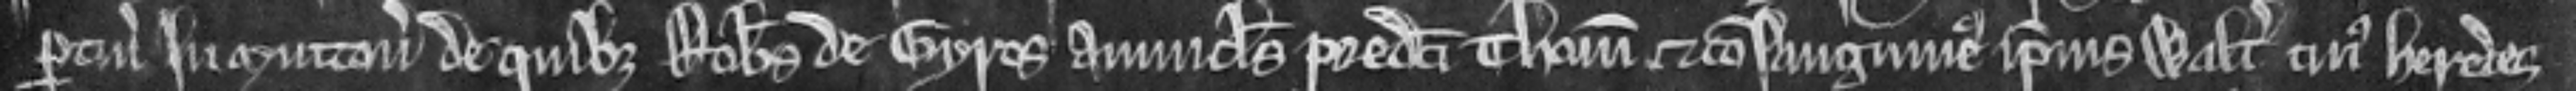
pertinenciis in Sutton de quibus Robertus de Gyros avunculus predicte Thome et consanguineus ipsius Walteri cujus heredes